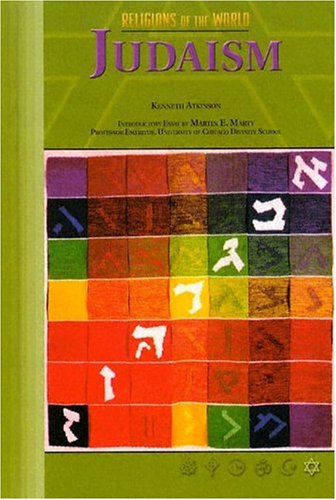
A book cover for Judaism (Religions of the World (Chelsea House Hardcover)); Kenneth Atkinson; Teen & Young Adult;